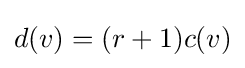
d(v)=(r+1)c(v)